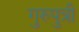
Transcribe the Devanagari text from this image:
गुरुपुत्री